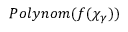
P o l y n o m ( f ( \chi _ { \gamma } ) )